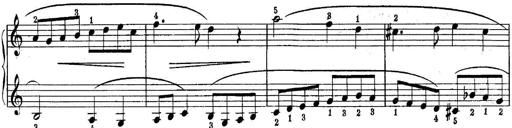
Title: Quatres sonatines
Composer: Tadeusz Joteyko